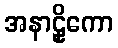
အနာဠှိကော